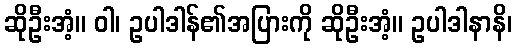
ဆိုဦးအံ့။ ဝါ၊ ဥပါဒါန်၏အပြားကို ဆိုဦးအံ့။ ဥပါဒါနာနိ၊